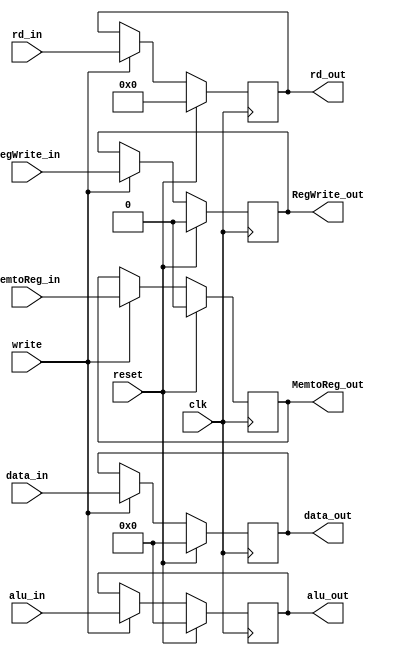
module MEM_WB_PIPE_REG(input clk,
                       input reset,
                       input write,
              
                       input [31:0] data_in,
                       input [31:0] alu_in,
                       input [4:0] rd_in,
                       input RegWrite_in,
                       input MemtoReg_in,
             
                       output reg [31:0] data_out,
                       output reg [31:0] alu_out,
                       output reg [4:0] rd_out,
                       output reg RegWrite_out,
                       output reg MemtoReg_out);
    
     always@(posedge clk) begin
        if (reset) begin 
         data_out <= 0;
         alu_out <= 0;
         rd_out <= 0;
         RegWrite_out <= 0;
         MemtoReg_out <= 0;
        end 
        else begin 
           if (write)
           begin 
             data_out <= data_in;
             alu_out <= alu_in;
             rd_out <= rd_in;
             RegWrite_out <= RegWrite_in;
             MemtoReg_out <= MemtoReg_in;
           end
        end 
     end

endmodule